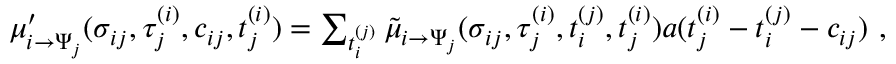
\begin{array} { r } { \mu _ { i \to \Psi _ { j } } ^ { \prime } ( \sigma _ { i j } , \tau _ { j } ^ { ( i ) } , c _ { i j } , t _ { j } ^ { ( i ) } ) = \sum _ { t _ { i } ^ { ( j ) } } \tilde { \mu } _ { i \to \Psi _ { j } } ( \sigma _ { i j } , \tau _ { j } ^ { ( i ) } , t _ { i } ^ { ( j ) } , t _ { j } ^ { ( i ) } ) a ( t _ { j } ^ { ( i ) } - t _ { i } ^ { ( j ) } - c _ { i j } ) \ , } \end{array}